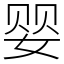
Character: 婴